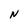
Character: N